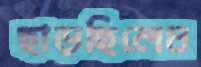
ছাড়ছিলেম